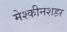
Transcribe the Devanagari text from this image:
मेश्कीनशहर